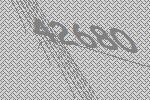
42680